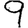
Digit: 9